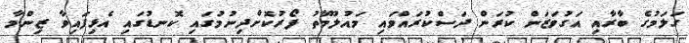
ގަލަމުގެ ބާރާއި އަގުވަޒަން ކުރަން ދަސްކުރައްވައި މައުލޫމާތު ފޯރުކޮށްދިނުމުގައި ކޮނޑުގައި އެޅިފައިވާ ޒިންމާ